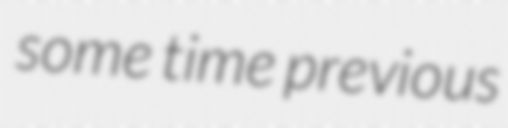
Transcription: some time previous